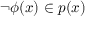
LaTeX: \lnot \phi ( { \boldsymbol { x } } ) \in p ( { \boldsymbol { x } } )